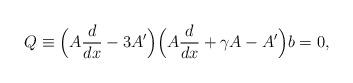
LaTeX: \begin{align*}Q\equiv\Bigl(A\frac{d}{dx}-3A'\Bigr)\Bigl(A\frac{d}{dx}+\gamma A-A'\Bigr)b=0,\end{align*}